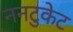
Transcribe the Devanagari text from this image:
ननटुकेट